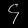
Digit: ၄